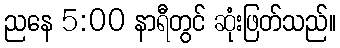
ညနေ 5:00 နာရီတွင် ဆုံးဖြတ်သည်။